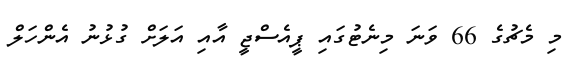
މި މެޗުގެ 66 ވަނަ މިނެޓުގައި ޕީއެސްޖީ އާއި އަލަށް ގުޅުނު އެންހަލް